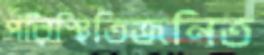
পরিস্থিতিজনিত